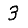
Digit: 3